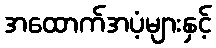
အထောက်အပံ့များနှင့်